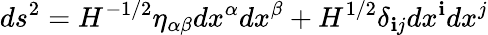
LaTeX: ds^{2}=H^{-1/2}\eta_{\alpha\beta}dx^{\alpha}dx^{\beta}+H^{1/2}\delta_{\mathbf{i}j}dx^{\mathbf{i}}dx^{j}